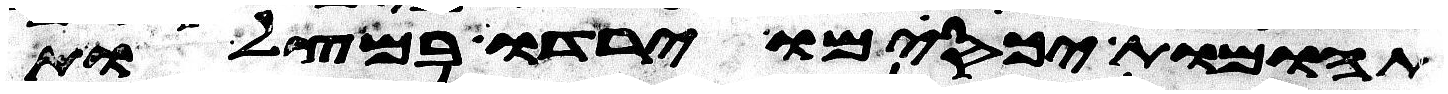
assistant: תהומות יכסמו ירדו במצלות